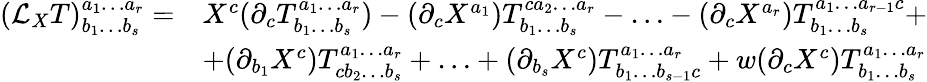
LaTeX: {\begin{array}{rl}{({\mathcal{L}}_{X}T)^{a_{1}\ldots a_{r}}_{b_{1}\ldots b_{s}}=}&{X^{c}(\partial_{c}T^{a_{1}\ldots a_{r}}_{b_{1}\ldots b_{s}})-(\partial_{c}X^{a_{1}})T^{ca_{2}\ldots a_{r}}_{b_{1}\ldots b_{s}}-\ldots-(\partial_{c}X^{a_{r}})T^{a_{1}\ldots a_{r-1}c}_{b_{1}\ldots b_{s}}+}\\ &{+(\partial_{b_{1}}X^{c})T^{a_{1}\ldots a_{r}}_{cb_{2}\ldots b_{s}}+\ldots+(\partial_{b_{s}}X^{c})T^{a_{1}\ldots a_{r}}_{b_{1}\ldots b_{s-1}c}+w(\partial_{c}X^{c})T^{a_{1}\ldots a_{r}}_{b_{1}\ldots b_{s}}}\end{array}}